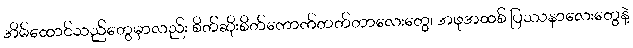
အိမ်ထောင်သည်တွေမှာလည်း စိတ်ဆိုးစိတ်ကောက်တတ်တာလေးတွေ၊ အဖုအထစ် ပြဿနာလေးတွေနဲ့